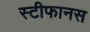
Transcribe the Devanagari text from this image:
स्टीफानस